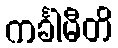
ကင်္ခါမီတိ